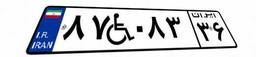
۸۷W۰۸۳۳۶